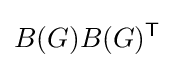
B(G)B(G)^{\textsf {T}}